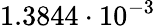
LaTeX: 1.3844\cdot 10^{-3}